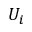
U _ { i }